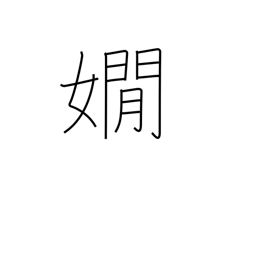
Meaning: refined